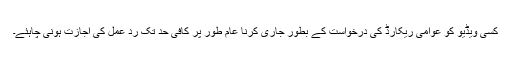
کسی ویڈیو کو عوامی ریکارڈ کی درخواست کے بطور جاری کرنا عام طور پر کافی حد تک رد عمل کی اجازت ہونی چاہئے۔